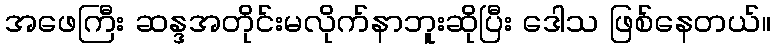
အဖေကြီး ဆန္ဒအတိုင်းမလိုက်နာဘူးဆိုပြီး ဒေါသ ဖြစ်နေတယ်။